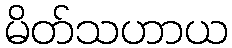
မိတ်သဟာယ